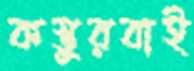
কস্তুরবাই